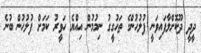
ދީދީ ދޫކޮށްލާފައިވަނީ ފުލުހުންގެ ތަހުގީގު ނިމުމުން އިއްޔެ ހަވީރު ކަމަށް ފުލުހުން ބުނެ